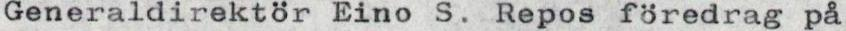
Generaldirektör Eino S. Repos föredrag på